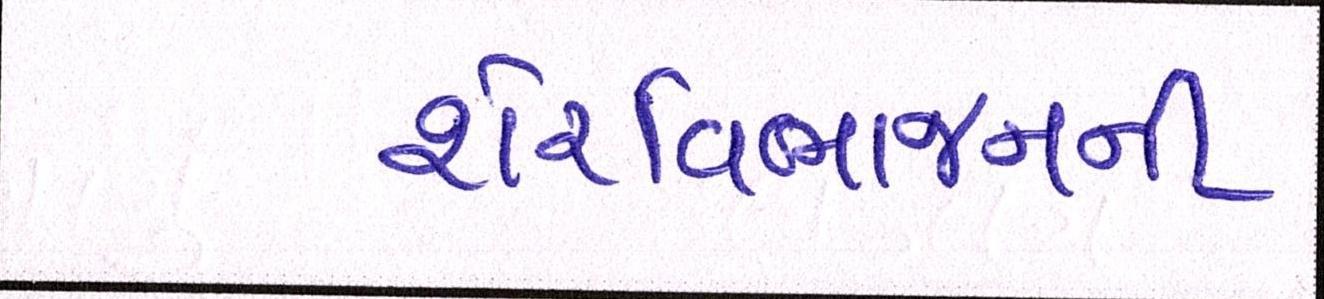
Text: શેરવિભાજનની